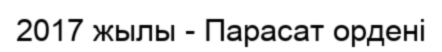
2017 жылы - Парасат ордені